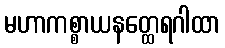
မဟာကစ္စာယနတ္ထေရဂါထာ